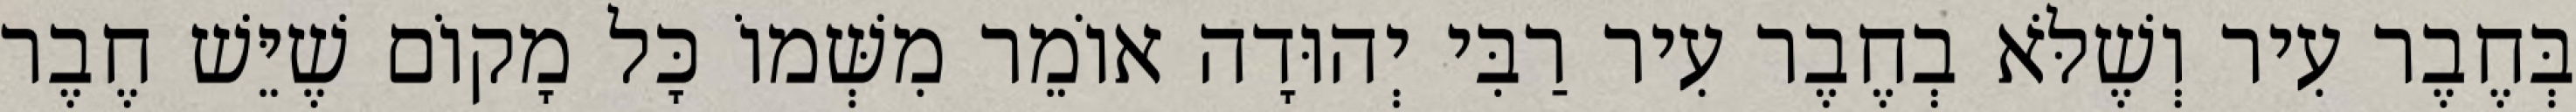
בְּחֶבֶר עִיר וְשֶׁלֹּא בְחֶבֶר עִיר רַבִּי יְהוּדָה אוֹמֵר מִשְּׁמוֹ כָּל מָקוֹם שֶׁיֵּשׁ חֶבֶר